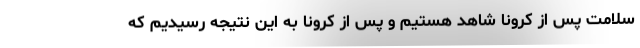
سلامت پس از کرونا شاهد هستیم و پس از کرونا به این نتیجه رسیدیم که